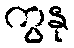
ကွနု